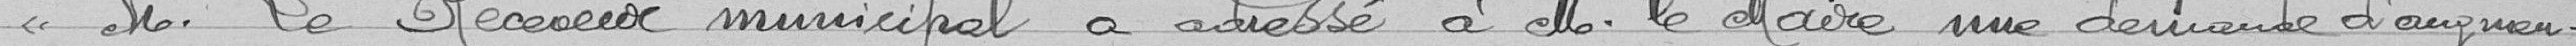
M. Le receveur municipal a adressé à M. Le Maire une demande d'augmen-